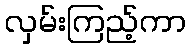
လှမ်းကြည့်ကာ